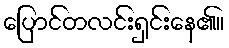
ပြောင်တလင်းရှင်းနေ၏။